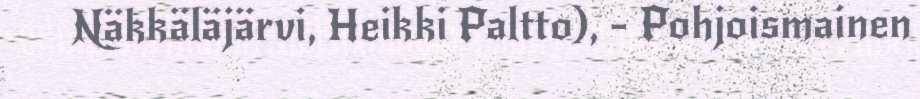
Näkkäläjärvi, Heikki Paltto), - Pohjoismainen